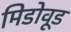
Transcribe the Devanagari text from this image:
मिडोवूड